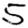
Digit: 5